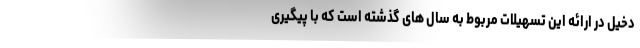
دخیل در ارائه این تسهیلات مربوط به سال های گذشته است که با پیگیری